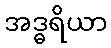
အဒ္ဓရိယာ